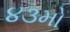
૪૩મો